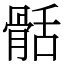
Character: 䯏